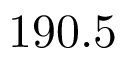
1 9 0 . 5